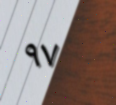
٩٧